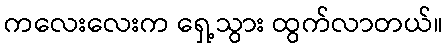
ကလေးလေးက ရှေ့သွား ထွက်လာတယ်။